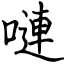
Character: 嗹